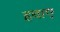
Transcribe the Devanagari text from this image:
हवाए